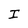
Character: I